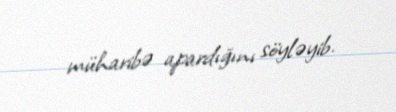
müharibə apardığını söyləyib.